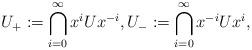
LaTeX: \begin{align*}U_+ := \bigcap_{i=0}^\infty x^i U x^{-i},U_- := \bigcap_{i=0}^\infty x^{-i} U x^{i},\end{align*}